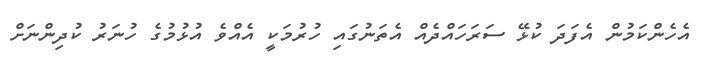
އެހެންކަމުން އެފަދަ ކުޅޭ ސަރަހައްދެއް އެތަނުގައި ހުރުމަކީ އެއްވެ އުޅުމުގެ ހުނަރު ކުދިންނަށް